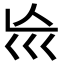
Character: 𡿬